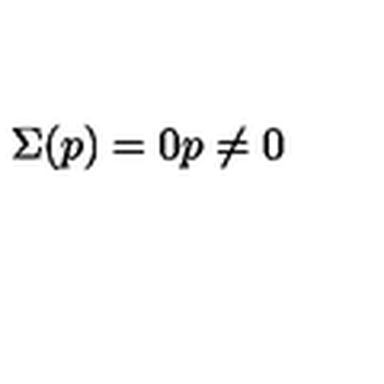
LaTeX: \Sigma ( p ) = 0 p \not = 0